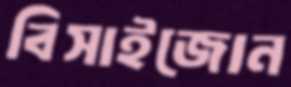
বিসাইজোন